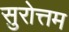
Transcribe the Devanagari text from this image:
सुरोत्तम